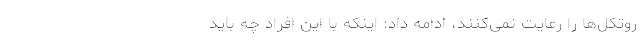
روتکل‌ها را رعایت نمی‌کنند، ادامه داد: اینکه با این افراد چه باید